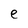
Character: e